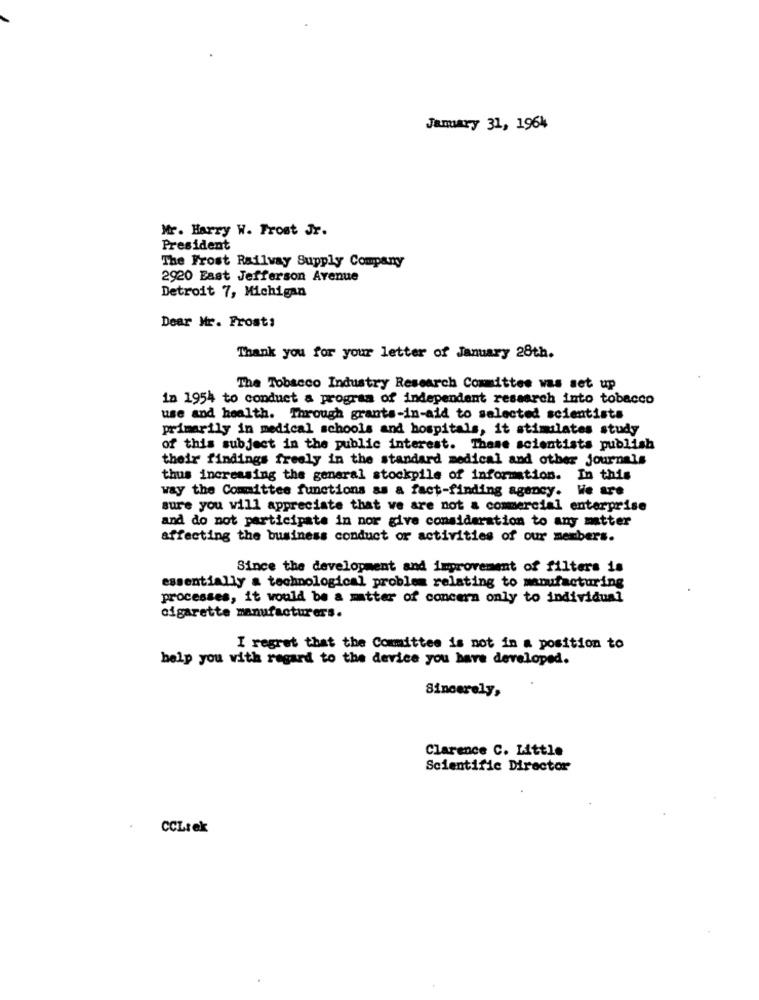
January 31, 1964
Mr. Harry W. Frost Jr.
President
The Frost Railway Supply Company
2920 East Jefferson Avenue
Detroit 7, Michigan
Dear Mr. Frost:
Thank you for your letter of January 28th.
The Tobacco Industry Research Committee was set up
in 1954 to conduct a program of independent research into tobacco
use and health. Through grants-in-aid to selected scientists
primarily in medical schools and hospitals, it stimulates study
of this subject in the public interest. These scientists publish
their findings freely in the standard medical and other journals
thus increasing the general stockpile of information. In this
way the Committee functions as a fact-finding agency. We are
sure you will appreciate that we are not a commercial enterprise
and do not participate in nor give consideration to any matter
affecting the business conduct or activities of our members.
Since the development and improvement of filters is
essentially a technological problem relating to manufacturing
processes, it would be a matter of concern only to individual
cigarette manufacturers.
I regret that the Committee is not in a position to
help you with regard to the device you have developed.
Sincerely,
Clarence C. Little
Scientific Director
.
CCLrek